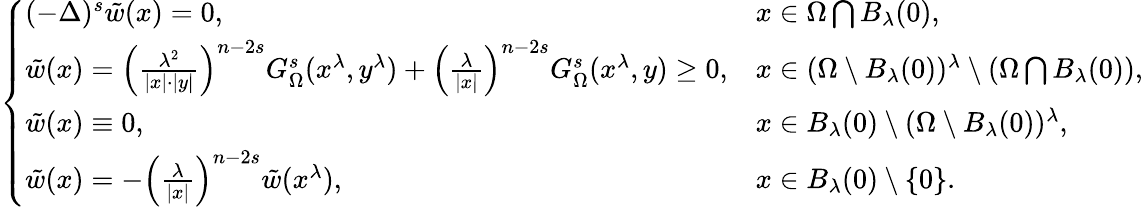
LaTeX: \left\{ \begin{array}{ll}{(-\Delta)^{s}\tilde{w}(x)=0,\ \ \ \ }&{x\in\Omega\bigcap B_{\lambda}(0),}\\ {\tilde{w}(x)=\left(\frac{\lambda^{2}}{|x|\cdot|y|}\right)^{n-2s}G_{\Omega}^{s}(x^{\lambda},y^{\lambda})+\left(\frac{\lambda}{|x|}\right)^{n-2s}G_{\Omega}^{s}(x^{\lambda},y)\geq 0,}&{x\in(\Omega\setminus B_{\lambda}(0))^{\lambda}\setminus(\Omega\bigcap B_{\lambda}(0)),}\\ {\tilde{w}(x)\equiv 0,}&{x\in B_{\lambda}(0)\setminus(\Omega\setminus B_{\lambda}(0))^{\lambda},}\\ {\tilde{w}(x)=-\left(\frac{\lambda}{|x|}\right)^{n-2s}\tilde{w}(x^{\lambda}),}&{x\in B_{\lambda}(0)\setminus\{ 0\} .}\end{array}\right.